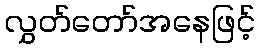
လွှတ်တော်အနေဖြင့်